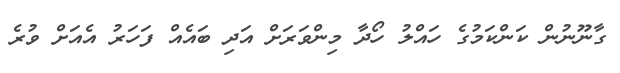
ގާނޫނުން ކަންކަމުގެ ހައްލު ހޯދާ މިންވަރަށް އަދި ބައެއް ފަހަރު އެއަށް ވުރެ